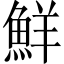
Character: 鮮